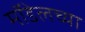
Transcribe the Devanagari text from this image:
मॉडेलच्या